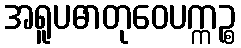
အရူပဓာတုဝေပက္ကဉ္စ